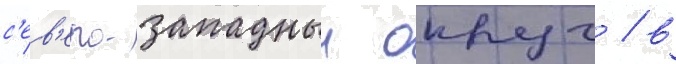
с'ев'еро-западныи округ / в